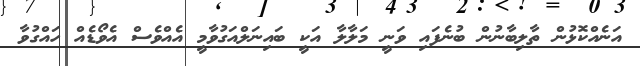
އަނެއްކޮޅުން ތާލިބާނުން ބުނެފައި ވަނީ މަލާލާ އަކީ ބައިނަލްއަގުވާމީ އެއްވެސް އެވޯޑެއް ހައްގުވާ